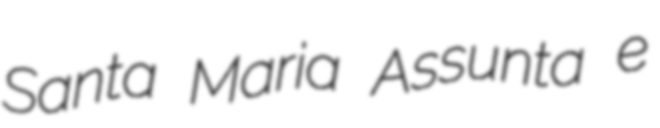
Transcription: Santa Maria Assunta e